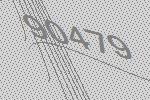
90479